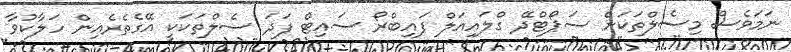
ނަމަވެސް މިސެލްތަކަށް ސަޕޯޓްދޭ ގްލައިއަލް ފައިބްރޯ ސައިޓް ފަދަ ސެލްތަކަކީ އޭގެތެރެއިން ހަލާކުވާ